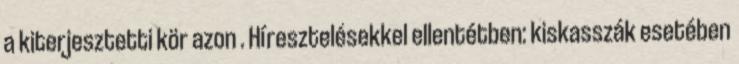
a kiterjesztetti kör azon . Híresztelésekkel ellentétben: kiskasszák esetében